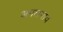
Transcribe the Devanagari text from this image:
अगलगाव